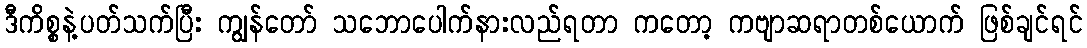
ဒီကိစ္စနဲ့ပတ်သက်ပြီး ကျွန်တော် သဘောပေါက်နားလည်ရတာ ကတော့ ကဗျာဆရာတစ်ယောက် ဖြစ်ချင်ရင်